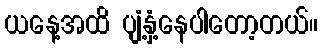
ယနေ့အထိ ပျံ့နှံ့နေပါတော့တယ်။